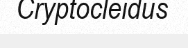
Cryptocleidus